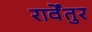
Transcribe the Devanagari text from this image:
रार्वेंतुर